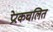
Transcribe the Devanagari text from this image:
प्रेरकचलित